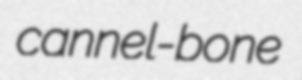
cannel-bone